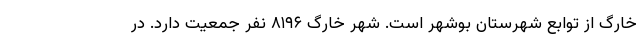
خارگ از توابع شهرستان بوشهر است. شهر خارگ ۸۱۹۶ نفر جمعیت دارد. در